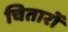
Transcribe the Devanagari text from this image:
चितारों